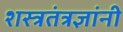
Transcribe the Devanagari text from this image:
शस्त्रतंत्रज्ञांनी